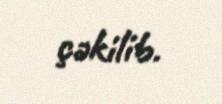
çəkilib.